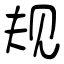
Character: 规